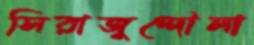
সিরাজুদ্দৌলা